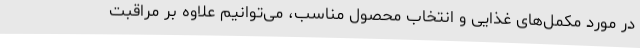
در مورد مکمل‌های غذایی و انتخاب محصول مناسب، می‌توانیم علاوه بر مراقبت